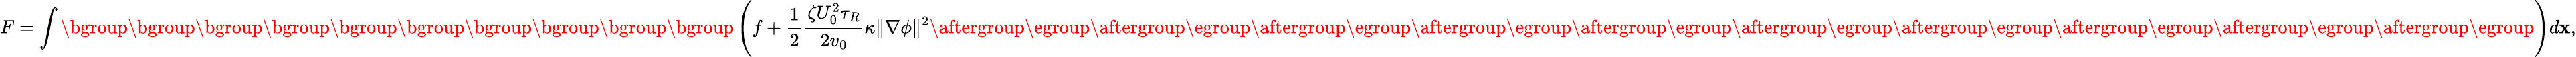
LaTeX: F=\int{\mathopen{}\mathclose\bgroup\mathopen{}\mathclose\bgroup\mathopen{}\mathclose\bgroup\mathopen{}\mathclose\bgroup\mathopen{}\mathclose\bgroup\mathopen{}\mathclose\bgroup\mathopen{}\mathclose\bgroup\mathopen{}\mathclose\bgroup\mathopen{}\mathclose\bgroup\mathopen{}\mathclose\bgroup\left(f+\frac{1}{2}\frac{\zeta U_{0}^{2}\tau_{R}}{2v_{0}}\kappa\| \nabla\phi\| ^{2}\aftergroup\egroup\aftergroup\egroup\aftergroup\egroup\aftergroup\egroup\aftergroup\egroup\aftergroup\egroup\aftergroup\egroup\aftergroup\egroup\aftergroup\egroup\aftergroup\egroup\right)d\mathbf{x}},